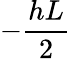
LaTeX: -\frac{hL}{2}